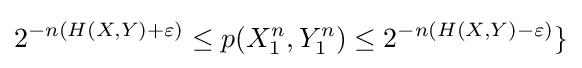
{2^{-n(H(X,Y)+\varepsilon )}}\leq p(X_{1}^{n},Y_{1}^{n})\leq 2^{-n(H(X,Y)-\varepsilon )}\}